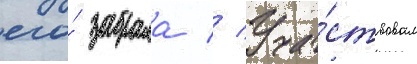
его́ забрала // Уча́ствовал